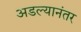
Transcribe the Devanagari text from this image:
अडल्यानंतर